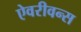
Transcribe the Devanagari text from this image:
ऐवरीवन्स